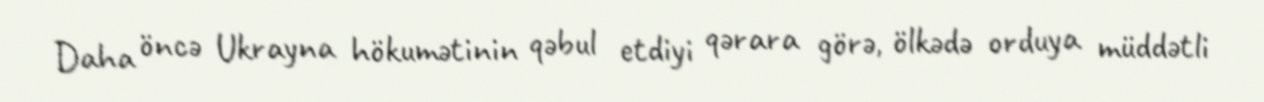
Daha önсə Ukrayna hökumətinin qəbul etdiyi qərara görə, ölkədə orduya müddətli